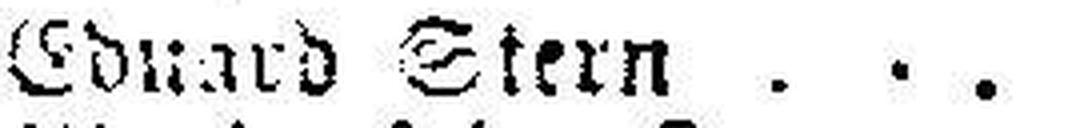
Eduard Stern